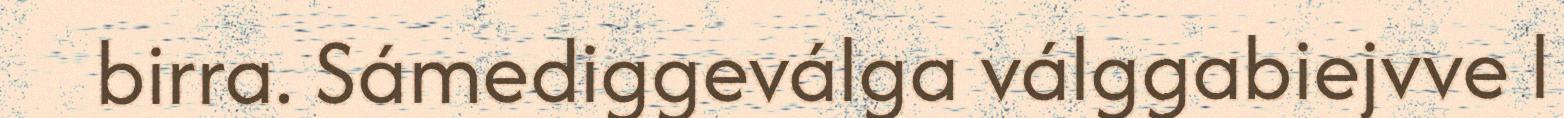
birra. Sámediggeválga válggabiejvve l